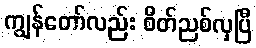
ကျွန်တော်လည်း စိတ်ညစ်လှပြီ